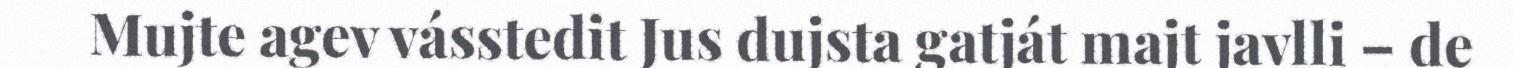
Mujte agev vásstedit Jus dujsta gatját majt javlli – de